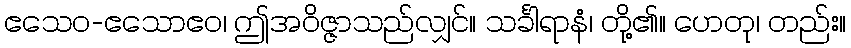
ဧသေဝ-ဧသောဧဝ၊ ဤအဝိဇ္ဇာသည်လျှင်။ သင်္ခါရာနံ၊ တို့၏။ ဟေတု၊ တည်း။